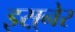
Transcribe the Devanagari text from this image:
इस़्नेर